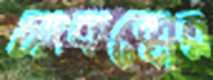
সংকল্পের